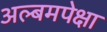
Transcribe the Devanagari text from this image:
अल्बमपेक्षा